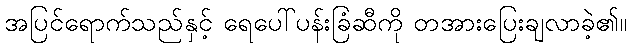
အပြင်ရောက်သည်နှင့် ရေပေါ်ပန်းခြံဆီကို တအားပြေးချလာခဲ့၏။